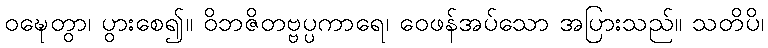
ဝဍ္ဎေတွာ၊ ပွားစေ၍။ ဝိဘဇိတဗ္ဗပ္ပကာရေ၊ ဝေဖန်အပ်သော အပြားသည်။ သတိပိ၊